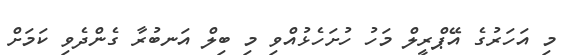
މި އަހަރުގެ އޭޕްރީލް މަހު ހުށަހެޅުއްވި މި ބިލް އަނބުރާ ގެންދެވި ކަމަށް